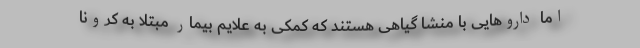
اما داروهایی با منشا گیاهی هستند که کمکی به علایم بیمار مبتلا به کرونا